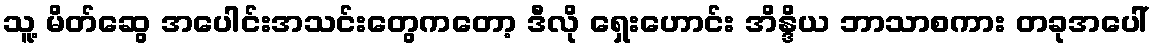
သူ့ မိတ်ဆွေ အပေါင်းအသင်းတွေကတော့ ဒီလို ရှေးဟောင်း အိန္ဒိယ ဘာသာစကား တခုအပေါ်